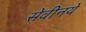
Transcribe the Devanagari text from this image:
सेवीनये